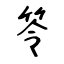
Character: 笭